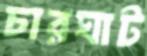
চারঘাট